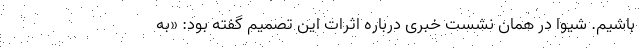
باشیم. شیوا در همان نشست خبری درباره اثرات این تصمیم گفته بود: «به